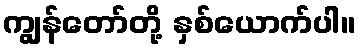
ကျွန်တော်တို့ နှစ်ယောက်ပါ။